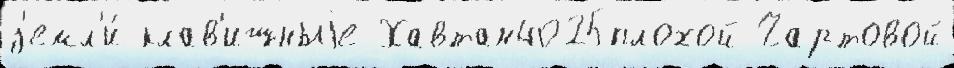
з'емл'и́ клав'ишныjе Хавтан4025плохой Чартовой